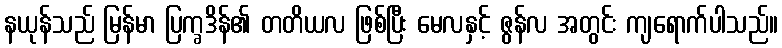
နယုန်သည် မြန်မာ ပြက္ခဒိန်၏ တတိယလ ဖြစ်ပြီး မေလနှင့် ဇွန်လ အတွင်း ကျရောက်ပါသည်။